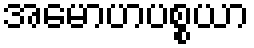
အမောဟပစ္စယာ